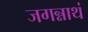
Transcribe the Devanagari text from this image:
जगन्नाथं